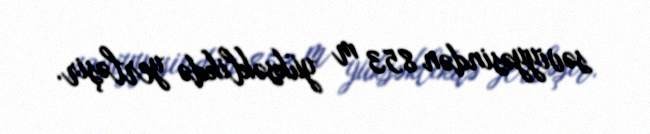
səviyyəsindən 853 m yüksəklikdə yerləşir.